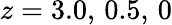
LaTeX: z=3.0,\, 0.5,\, 0